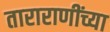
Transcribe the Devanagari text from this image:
ताराराणींच्या